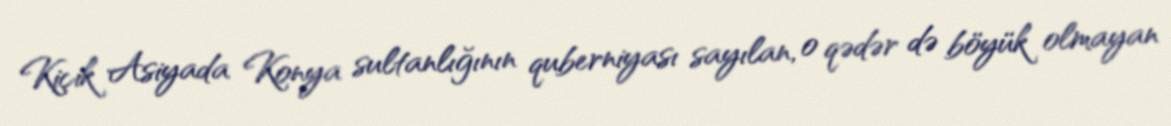
Kiçik Asiyada Konya sultanlığının quberniyası sayılan, o qədər də böyük olmayan